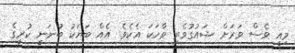
މިއީ ވެސް ވަރަށް ޝައުގުވެރި ވާހަކަ އެކެވެ. އެއް ބަޔަކު ބުނަނީ ކުރީގެ